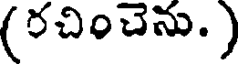
(రచించెను. )